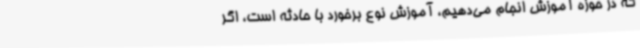
که در حوزه آموزش انجام می‌دهیم، آموزش نوع برخورد با حادثه است، اگر